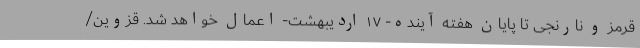
قرمز و نارنجی تا پایان هفته آینده- ۱۷ اردیبهشت- اعمال خواهد شد. قزوین/